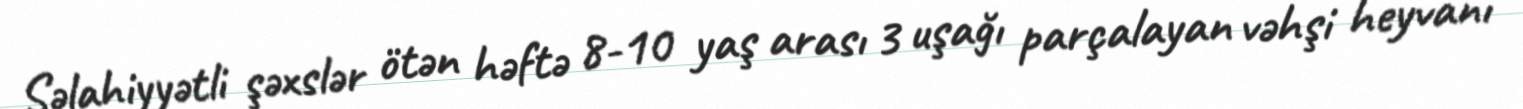
Səlahiyyətli şəxslər ötən həftə 8-10 yaş arası 3 uşağı parçalayan vəhşi heyvanı